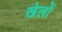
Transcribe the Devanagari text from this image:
खेलोें